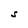
Character: S